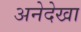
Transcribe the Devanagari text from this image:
अनेदेखा